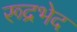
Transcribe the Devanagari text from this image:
रूद्रभेद